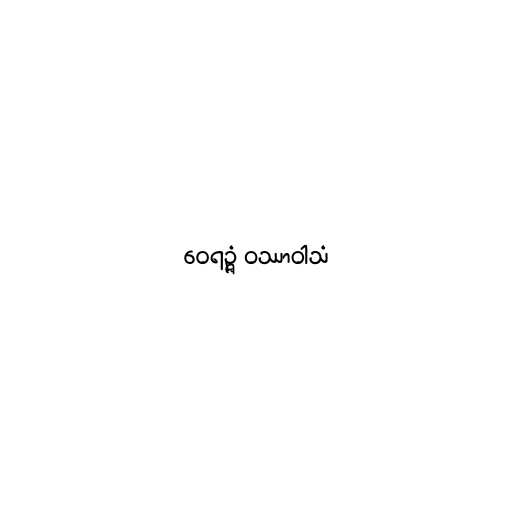
ဝေရဉ္ဇံ ဝဿာဝါသံ